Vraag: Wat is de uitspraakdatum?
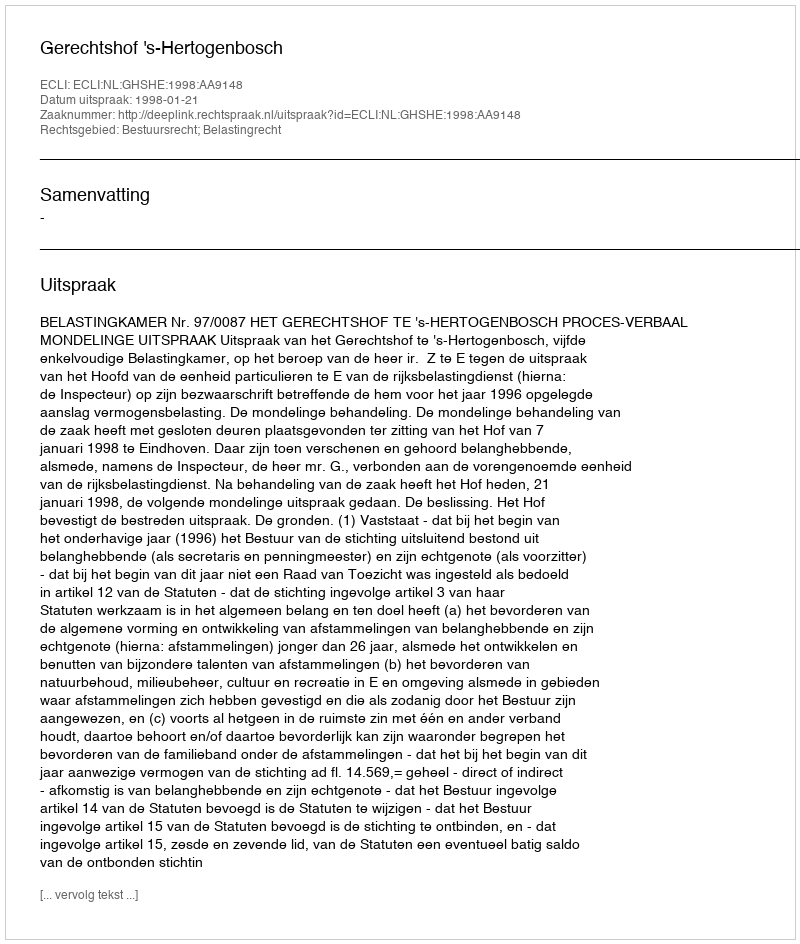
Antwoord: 1998-01-21